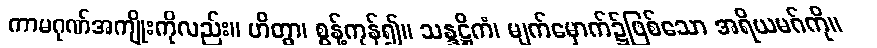
ကာမဂုဏ်အကျိုးကိုလည်း။ ဟိတွာ၊ စွန့်ကုန်၍။ သန္ဒဋ္ဌိကံ၊ မျက်မှောက်၌ဖြစ်သော အရိယမဂ်ကို။